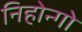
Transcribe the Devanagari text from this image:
निहोन्गो